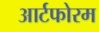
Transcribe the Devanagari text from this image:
आर्टफोरम